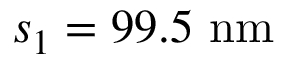
s _ { 1 } = 9 9 . 5 \ \mathrm { n m }